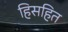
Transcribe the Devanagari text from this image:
हिसहित